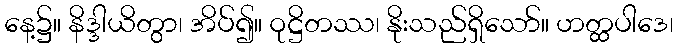
နေ့၌။ နိဒ္ဒါယိတွာ၊ အိပ်၍။ ဝုဋ္ဌိတဿ၊ နိုးသည်ရှိသော်။ ဟတ္ထပါဒေ၊